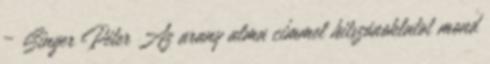
– Singer Péter Az arany alma címmel hitszónoklatot mond